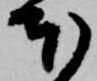
本